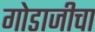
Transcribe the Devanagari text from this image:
गोडाजीचा